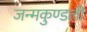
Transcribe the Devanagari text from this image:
जन्‍मकुण्‍डली